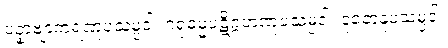
ပဥှာဗျာကရဏူပသမ္ပဒါ၊ ဂရုဓမ္မပဋိဂ္ဂဟဏူပသမ္ပဒါ၊ ဒူတေနူပသမ္ပဒါ၊